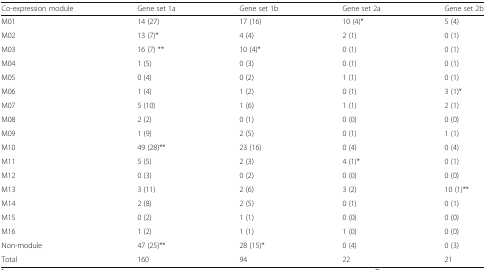
| Co-expression module | Gene set 1a | Gene set 1b | Gene set 2a | Gene set 2b |
 | --- | --- | --- | --- | --- |
 | M01 | 14 (27) | 17 (16) | 10 (4)* | 5 (4) |
 | M02 | 13 (7)* | 4 (4) | 2 (1) | 0 (1) |
 | M03 | 16 (7) ** | 10 (4)* | 0 (1) | 0 (1) |
 | M04 | 1 (5) | 0 (3) | 0 (1) | 0 (1) |
 | M05 | 0 (4) | 0 (2) | 1 (1) | 0 (1) |
 | M06 | 1 (4) | 1 (2) | 0 (1) | 3 (1)* |
 | M07 | 5 (10) | 1 (6) | 1 (1) | 2 (1) |
 | M08 | 2 (2) | 0 (1) | 0 (0) | 0 (0) |
 | M09 | 1 (9) | 2 (5) | 0 (1) | 1 (1) |
 | M10 | 49 (28)** | 23 (16) | 0 (4) | 0 (4) |
 | M11 | 5 (5) | 2 (3) | 4 (1)* | 0 (1) |
 | M12 | 0 (3) | 0 (2) | 0 (0) | 0 (0) |
 | M13 | 3 (11) | 2 (6) | 3 (2) | 10 (1)** |
 | M14 | 2 (8) | 2 (5) | 0 (1) | 0 (1) |
 | M15 | 0 (2) | 1 (1) | 0 (0) | 0 (0) |
 | M16 | 1 (2) | 1 (1) | 1 (0) | 0 (0) |
 | Non-module | 47 (25)** | 28 (15)* | 0 (4) | 0 (3) |
 | Total | 160 | 94 | 22 | 21 |